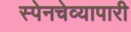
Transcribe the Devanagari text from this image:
स्पेनचेव्यापारी